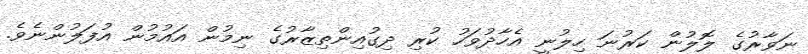
ނަވާރުގެ ލޮލުން ކަރުނަ ހިލުނީ އެހާދުވަހު ކުރި ދިގުއިންތިޒާރުގެ ނިމުން އައުމުން އުފަލުންނެވެ.